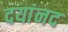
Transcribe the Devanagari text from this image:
दयांनद